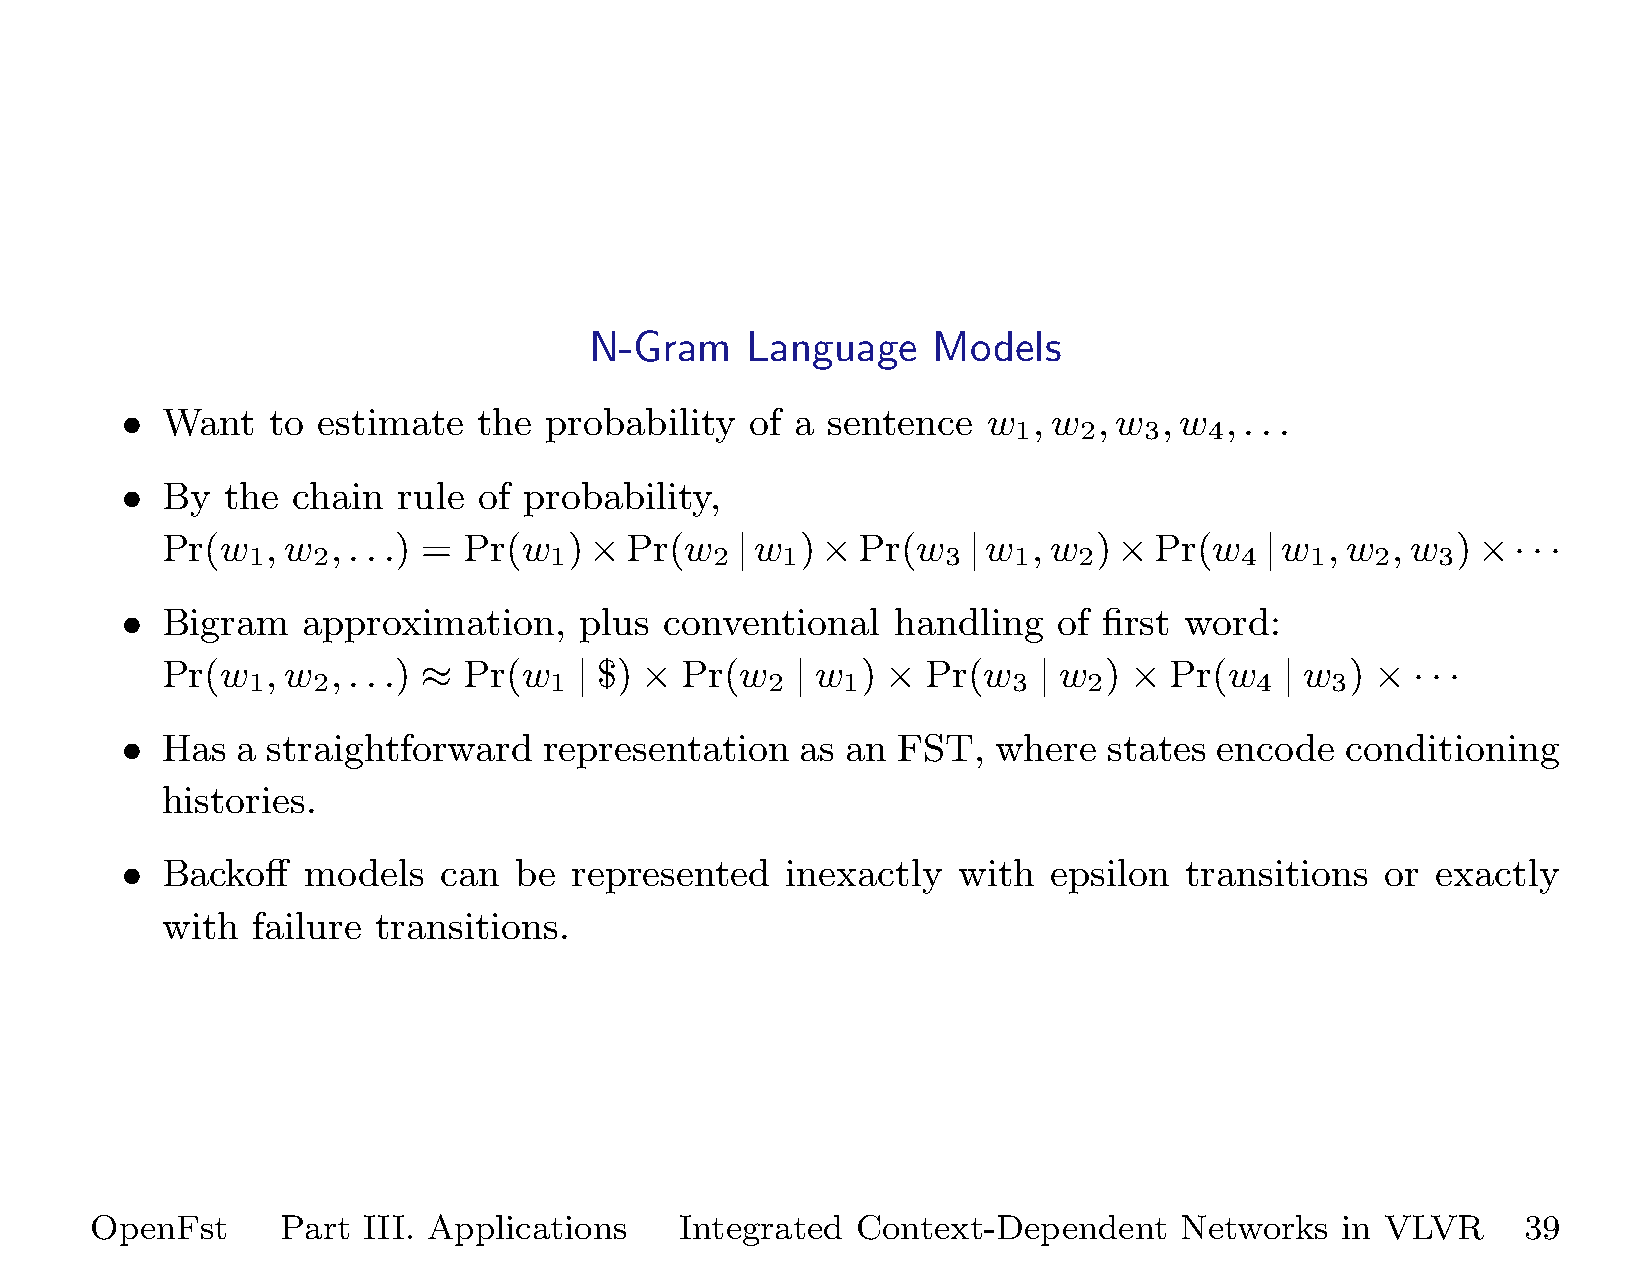
N-Gram    Language     Models
 •  Want   to estimate   the probability   of a sentence  w  , w  , w , w , . . .
 1   2    3   4
 •  By  the chain  rule  of probability,
 Pr(w   , w , . . .) = Pr(w )×Pr(w     |w  )×Pr(w     |w  , w  )×Pr(w     |w  , w , w )×·  · ·
 1    2              1          2    1          3   1   2          4    1   2   3
 •  Bigram   approximation,    plus  conventional   handling   of first word:
 Pr(w   , w , . . .) ≈ Pr(w | $) × Pr(w    | w ) × Pr(w    | w ) × Pr(w    | w ) ×  · · ·
 1    2              1              2    1          3    2          4    3
 •  Has  a straightforward   representation   as an FST,   where  states  encode  conditioning
 histories.
 •  Backoff  models   can  be  represented   inexactly  with   epsilon  transitions  or exactly
 with  failure transitions.
 OpenFst      Part III. Applications    Integrated  Context-Dependent    Networks   in VLVR     39